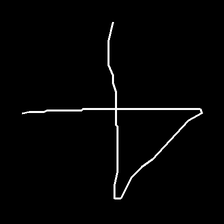
Glyph: collection